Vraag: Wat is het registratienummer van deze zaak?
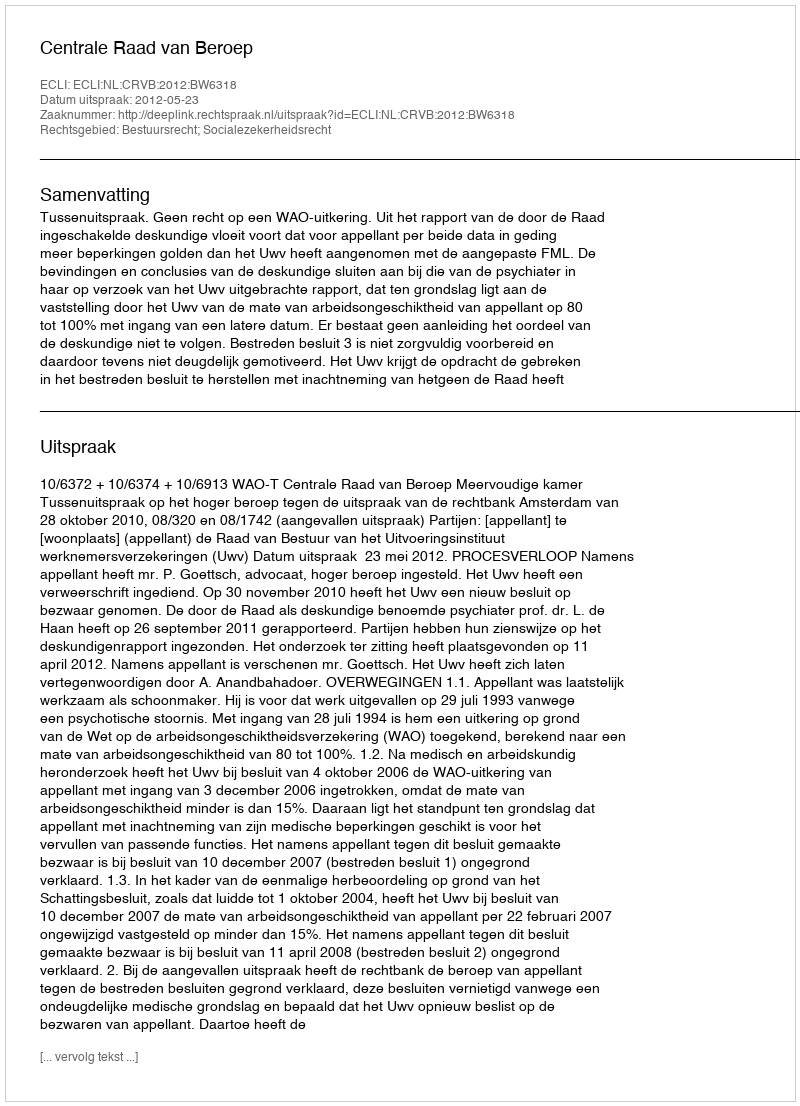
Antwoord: http://deeplink.rechtspraak.nl/uitspraak?id=ECLI:NL:CRVB:2012:BW6318